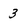
Character: 3